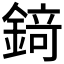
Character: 𨪆